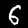
Label: 6